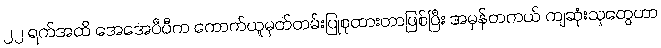
၂၂ ရက်အထိ အေအေပီပီက ကောက်ယူမှတ်တမ်းပြုစုထားတာဖြစ်ပြီး အမှန်တကယ် ကျဆုံးသူတွေဟာ